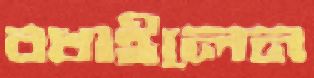
বখাইলেন